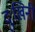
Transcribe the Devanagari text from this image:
दुःखिनी